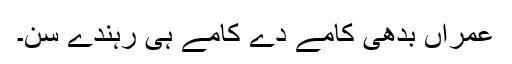
عُمراں بدھی کامے دے کامے ہی رہندے سن۔